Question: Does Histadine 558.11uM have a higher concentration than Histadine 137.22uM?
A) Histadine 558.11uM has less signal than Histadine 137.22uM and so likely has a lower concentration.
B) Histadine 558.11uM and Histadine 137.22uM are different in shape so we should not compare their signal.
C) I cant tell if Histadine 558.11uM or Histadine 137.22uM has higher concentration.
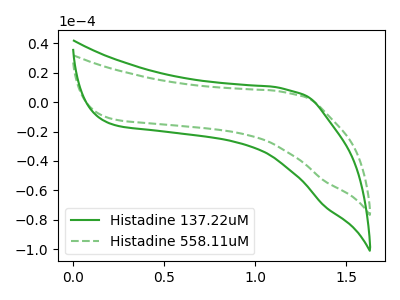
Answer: <think>The green curve "Histadine 137.22uM" has no peaks. The green dashed curve "Histadine 558.11uM" has no peaks.
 Neither "Histadine 558.11uM" or "Histadine 137.22uM" have any peaks.</think>
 <answer>C) I cant tell if "Histadine 558.11uM" or "Histadine 137.22uM" has higher concentration.</answer>
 <eval>C</eval>